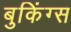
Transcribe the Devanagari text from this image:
बुकिंग्स